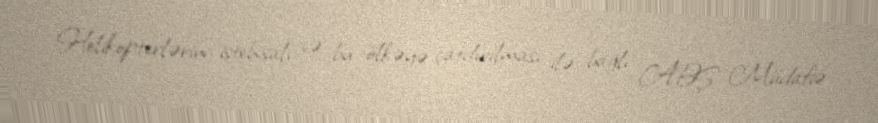
Helikopterlərin istehsalı və bu ölkəyə çatdırılması ilə bağlı ABŞ Müdafiə